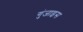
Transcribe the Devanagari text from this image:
गुंजाइस